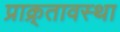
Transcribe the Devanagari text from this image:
प्राक्र्तावस्था